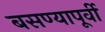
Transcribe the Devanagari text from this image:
बसण्यापूर्वी